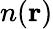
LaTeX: n(\textbf{r})